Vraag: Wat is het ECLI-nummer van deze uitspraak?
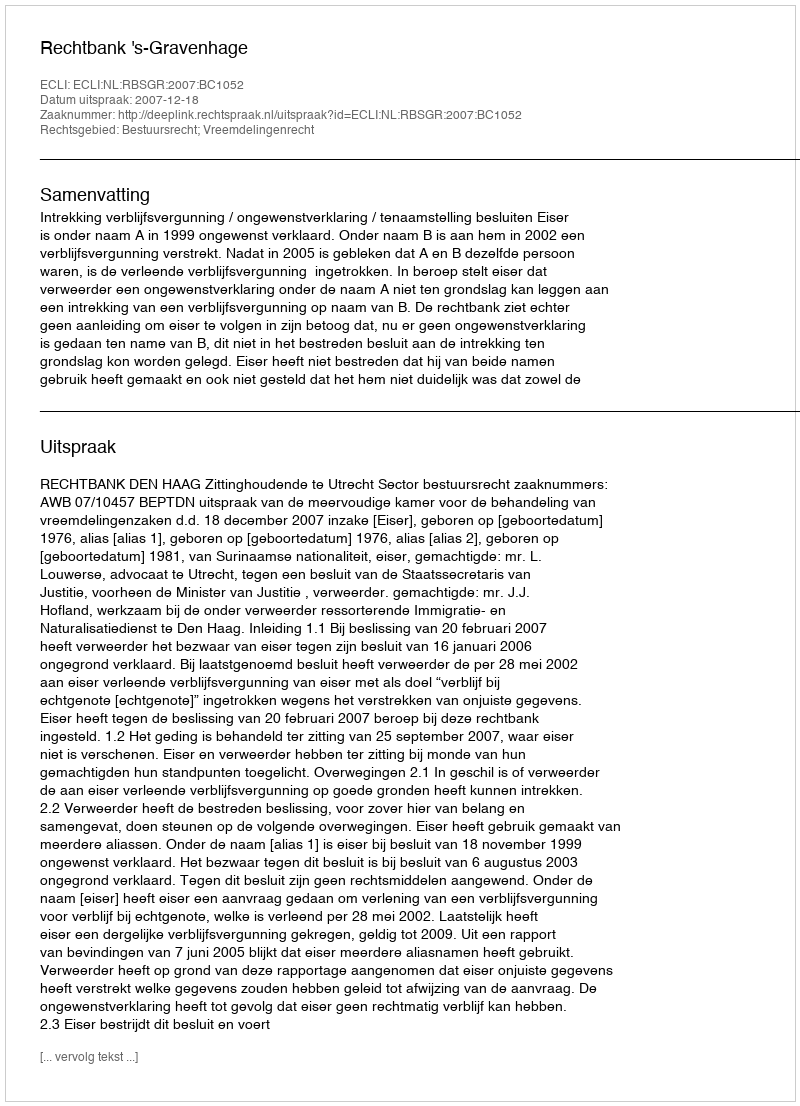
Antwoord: ECLI:NL:RBSGR:2007:BC1052